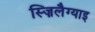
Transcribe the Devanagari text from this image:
स्ज़िलैग्याइ